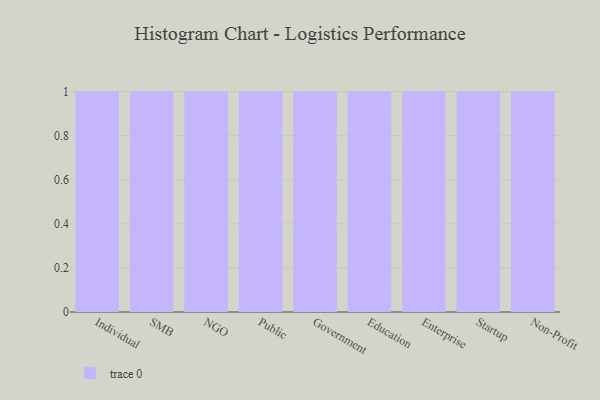
{"axis": {"x": "Segment", "y": "Headcount"}, "legend": [""], "data": [{"x": "Individual", "y": 37, "type": ""}, {"x": "SMB", "y": 51, "type": ""}, {"x": "NGO", "y": 16, "type": ""}, {"x": "Public", "y": 66, "type": ""}, {"x": "Government", "y": 13, "type": ""}, {"x": "Education", "y": 1, "type": ""}, {"x": "Enterprise", "y": 29, "type": ""}, {"x": "Startup", "y": 77, "type": ""}, {"x": "Non-Profit", "y": 83, "type": ""}]}